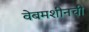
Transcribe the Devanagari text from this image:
वेबमशीनची